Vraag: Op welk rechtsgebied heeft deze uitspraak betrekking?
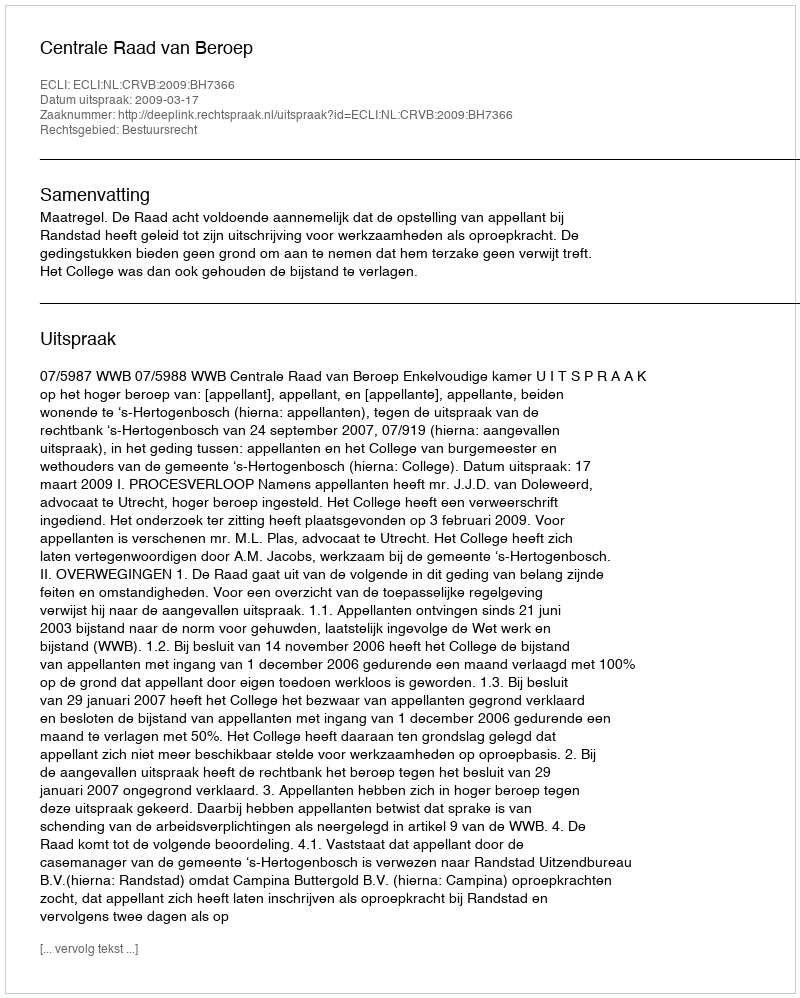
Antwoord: Bestuursrecht